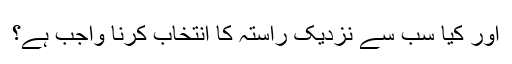
اور کیا سب سے نزدیک راستہ کا انتخاب کرنا واجب ہے؟